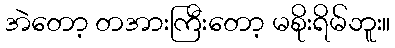
အဲတော့ တအားကြီးတော့ မစိုးရိမ်ဘူး။